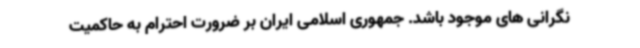
نگرانی های موجود باشد. جمهوری اسلامی ایران بر ضرورت احترام به حاکمیت